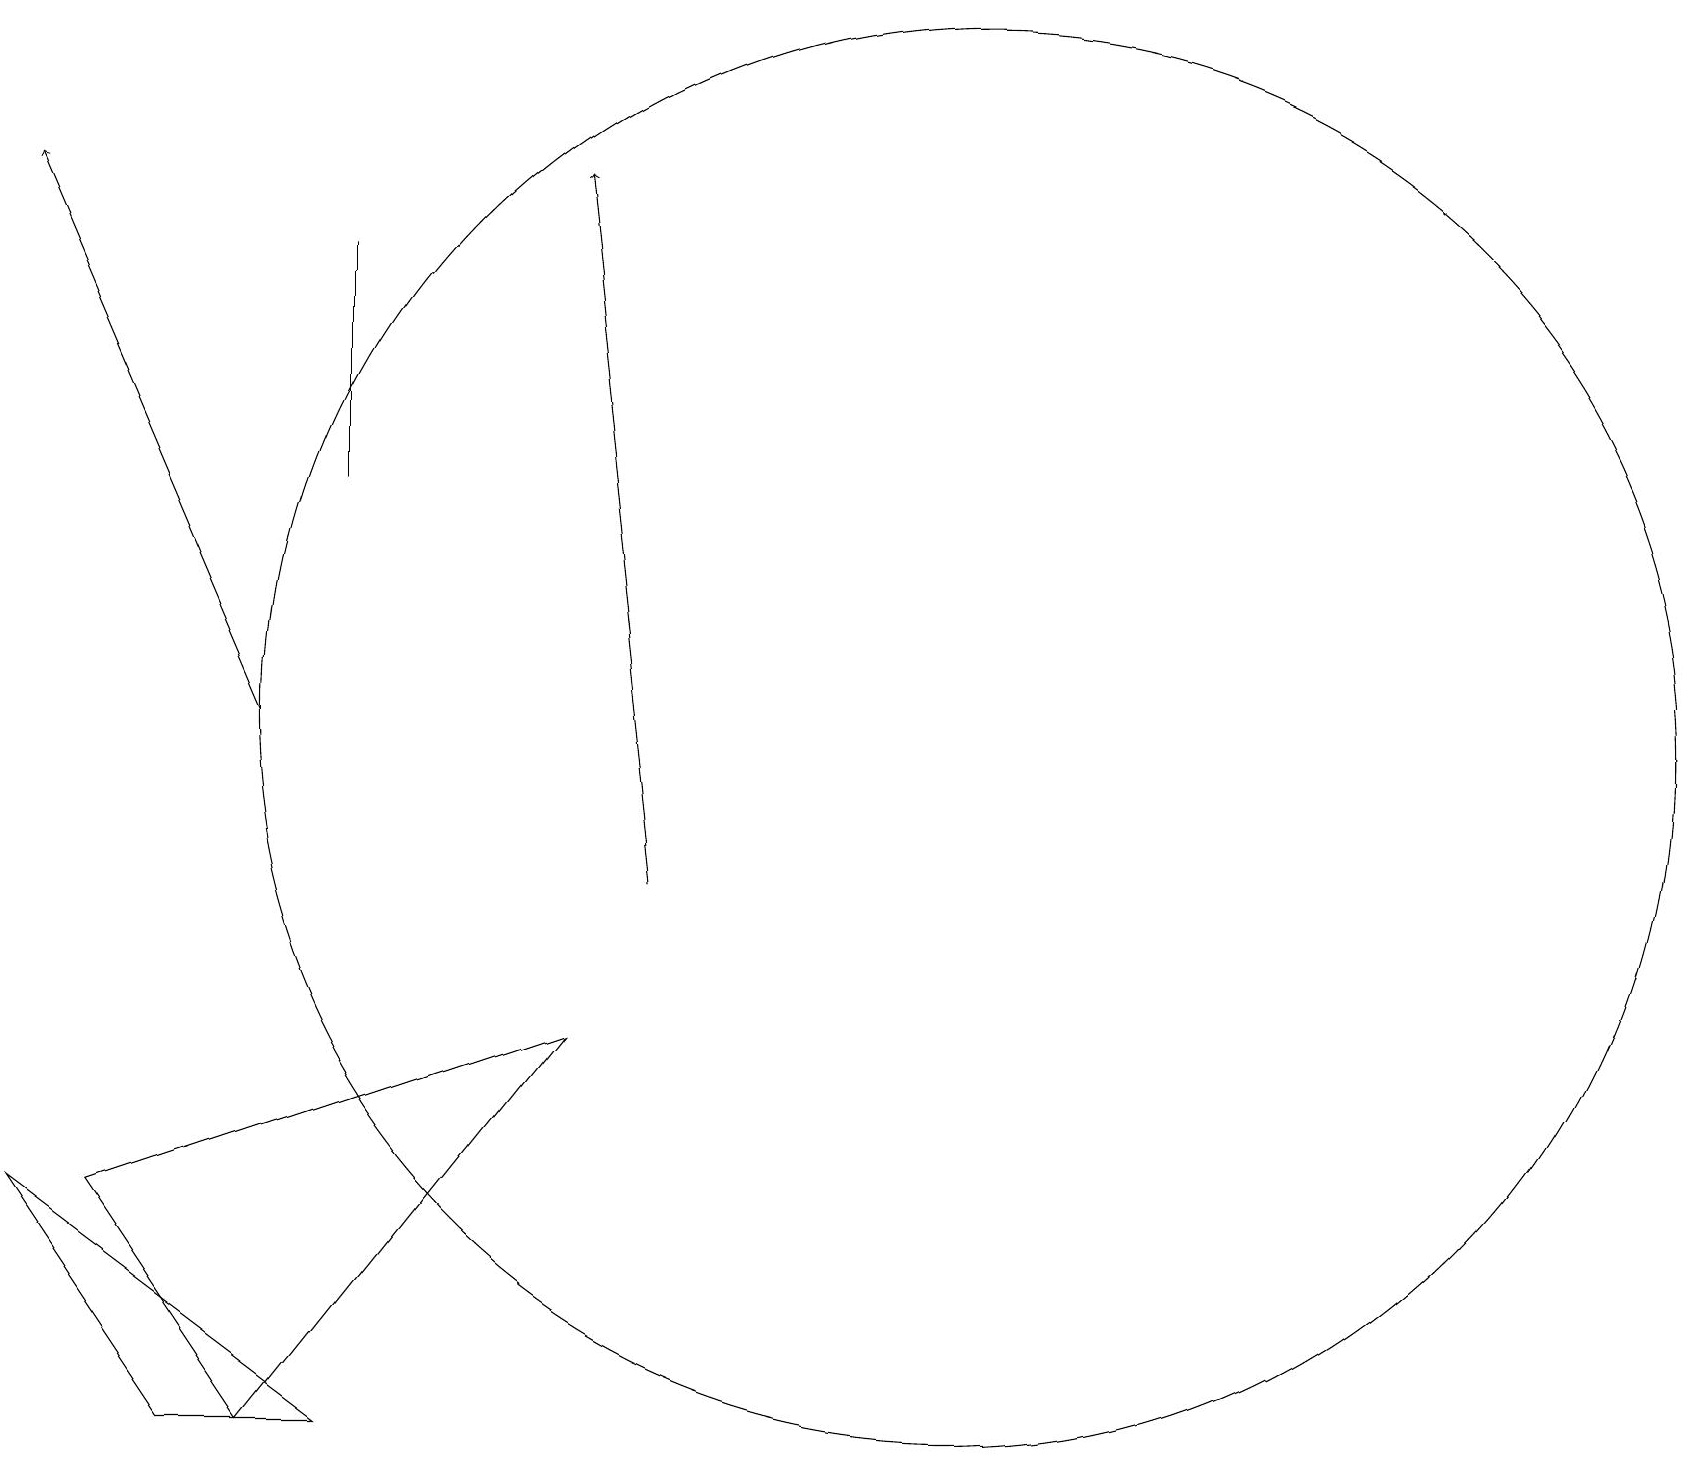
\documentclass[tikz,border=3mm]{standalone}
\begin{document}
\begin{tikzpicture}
\draw[->] (8,10) -- (7,19);
\draw (12,12) circle (9);
\draw (7,8) -- (1,6) -- (3,3) -- cycle;
\draw (4,3) -- (2,3) -- (0,6) -- cycle;
\draw[->] (3,12) -- (0,19);
\draw (4,15) rectangle (4,18);
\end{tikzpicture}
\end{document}